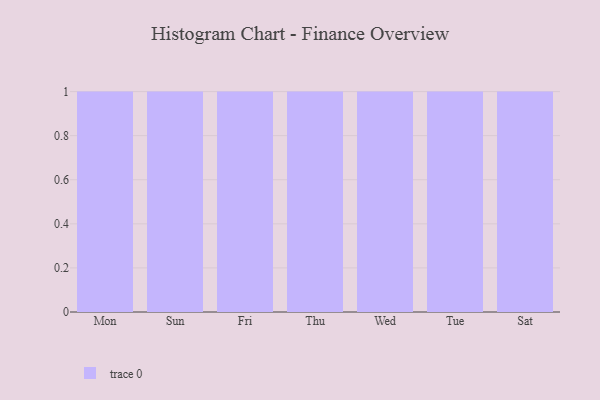
{"axis": {"x": "Day", "y": "Latency (ms)"}, "legend": [""], "data": [{"x": "Mon", "y": 100, "type": ""}, {"x": "Sun", "y": 77, "type": ""}, {"x": "Fri", "y": 15, "type": ""}, {"x": "Thu", "y": 31, "type": ""}, {"x": "Wed", "y": 64, "type": ""}, {"x": "Tue", "y": 58, "type": ""}, {"x": "Sat", "y": 85, "type": ""}]}